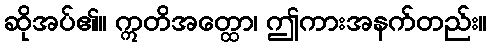
ဆိုအပ်၏။ ဣတိအတ္ထော၊ ဤကားအနက်တည်း။